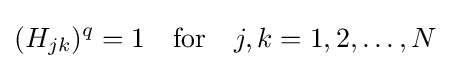
(H_{jk})^{q}=1\quad {\text{for}}\quad j,k=1,2,\dots ,N